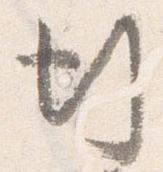
行